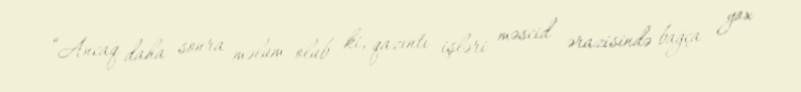
“Ancaq daha sonra məlum olub ki, qazıntı işləri məscid ərazisində bağça yox